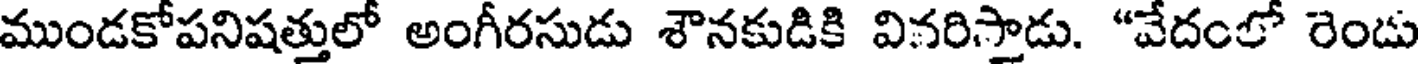
ముండకోపనిషత్తులో అంగీరసుడు శౌనకుడికి వినరిస్తాడు. "వేదంలో రెండు